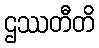
ဌဿတီတိ